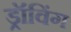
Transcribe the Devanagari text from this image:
ड्रॉविंग